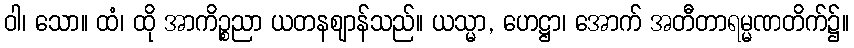
ဝါ၊ သော။ ထံ၊ ထို အာကိဉ္စညာ ယတနဈာန်သည်။ ယသ္မာ, ဟေဋ္ဌာ၊ အောက် အတီတာရမ္မဏတိက်၌။